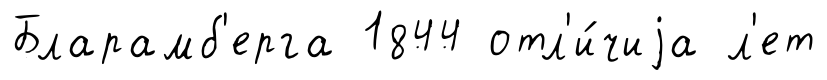
Бларамб'ерга 1844 отл'и́чиjа л'ет